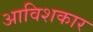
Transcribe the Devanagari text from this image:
अाविशकार